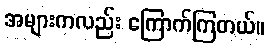
အများကလည်း ကြောက်ကြတယ်။